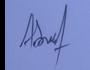
Signature authenticity: genuine